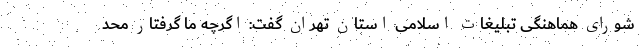
شورای هماهنگی تبلیغات اسلامی استان تهران گفت: اگرچه ما گرفتار محد